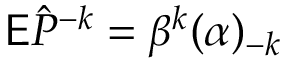
\mathsf E \hat { P } ^ { - k } = \beta ^ { k } ( \alpha ) _ { - k }